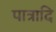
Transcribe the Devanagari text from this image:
पात्रादि